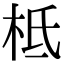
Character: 柢